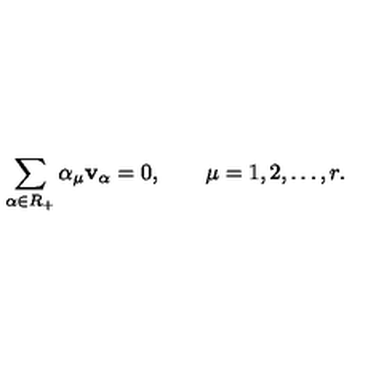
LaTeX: \sum _ { \alpha \in R _ { + } } \alpha _ { \mu } { \bf v } _ { \alpha } = 0 , \qquad \mu = 1 , 2 , \ldots , r .